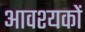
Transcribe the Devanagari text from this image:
आवश्यकों